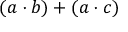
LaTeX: ( a \cdot b ) + ( a \cdot c )